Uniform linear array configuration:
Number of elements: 16
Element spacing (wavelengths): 0.25
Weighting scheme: blackman
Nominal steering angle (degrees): -30
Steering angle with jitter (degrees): -29.67
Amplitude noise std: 0.05
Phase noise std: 0.05

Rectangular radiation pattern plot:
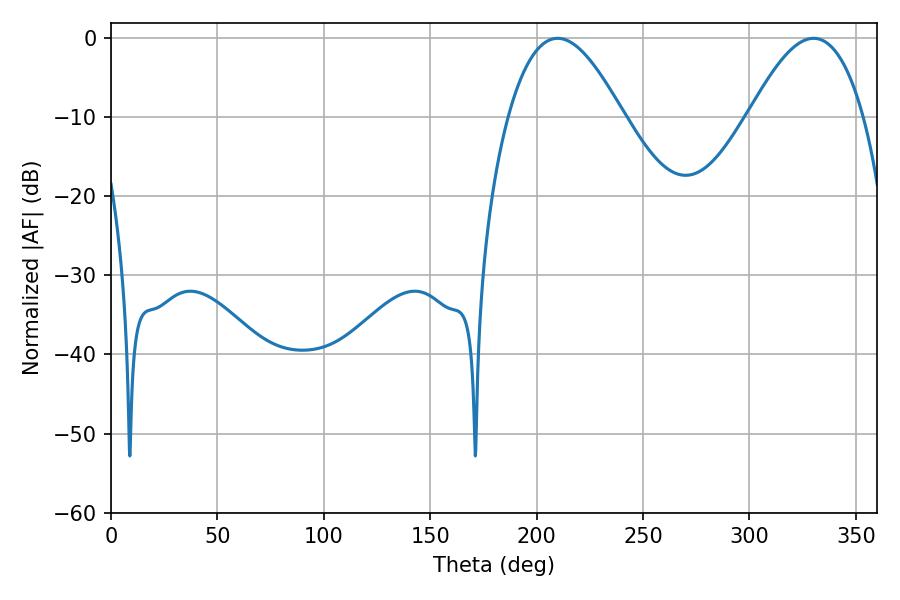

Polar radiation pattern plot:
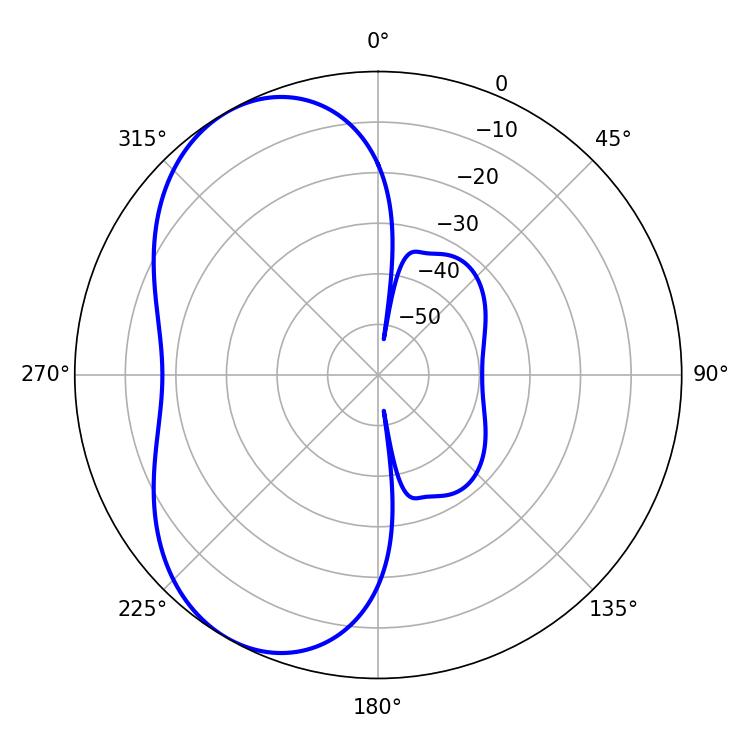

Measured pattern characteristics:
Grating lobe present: FALSE
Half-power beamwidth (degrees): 29.34
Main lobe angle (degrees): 209.88